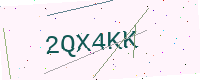
Text: 2QX4KK